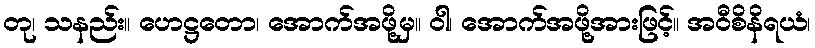
တု၊ သနည်း။ ဟေဋ္ဌတော၊ အောက်အဖို့မှ။ ဝါ၊ အောက်အဖို့အားဖြင့်။ အဝီစိနိရယံ၊